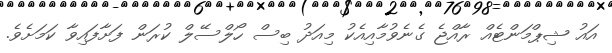
އައު ޝިޕްމަންޓެއް ރާއްޖެ ގެނެވުމާއިއެކު މިއަދު ބިސް ހޯލްސޭލް ކުރަން ފަށާފައިވާ ކަމަށެވެ.